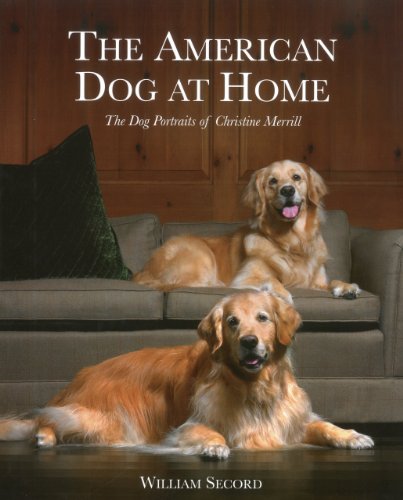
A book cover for The American Dog at Home: The Dog Portraits of Christine Merrill; William Secord; Arts & Photography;